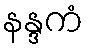
နန္ဒကံ